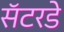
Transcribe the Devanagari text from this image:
सॅटरडे